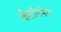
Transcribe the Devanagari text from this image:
कँटॉनमेन्ट